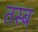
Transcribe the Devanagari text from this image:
तस्ब